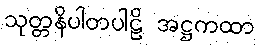
သုတ္တနိပါတပါဠိ အဋ္ဌကထာ